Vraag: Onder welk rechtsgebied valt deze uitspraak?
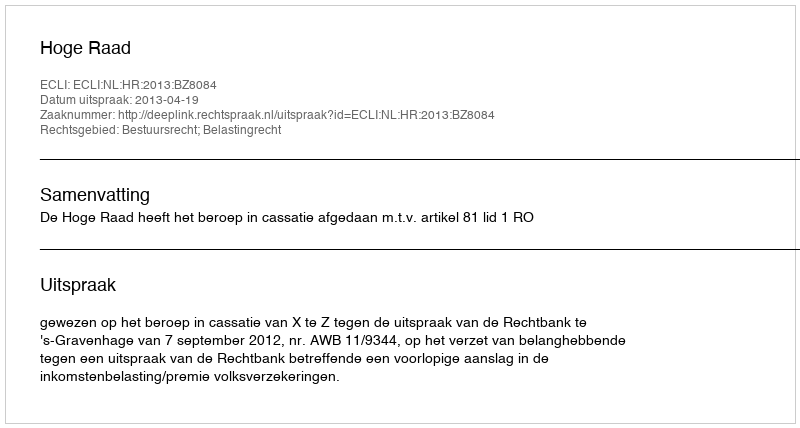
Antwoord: Bestuursrecht; Belastingrecht